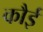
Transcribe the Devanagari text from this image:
कौई